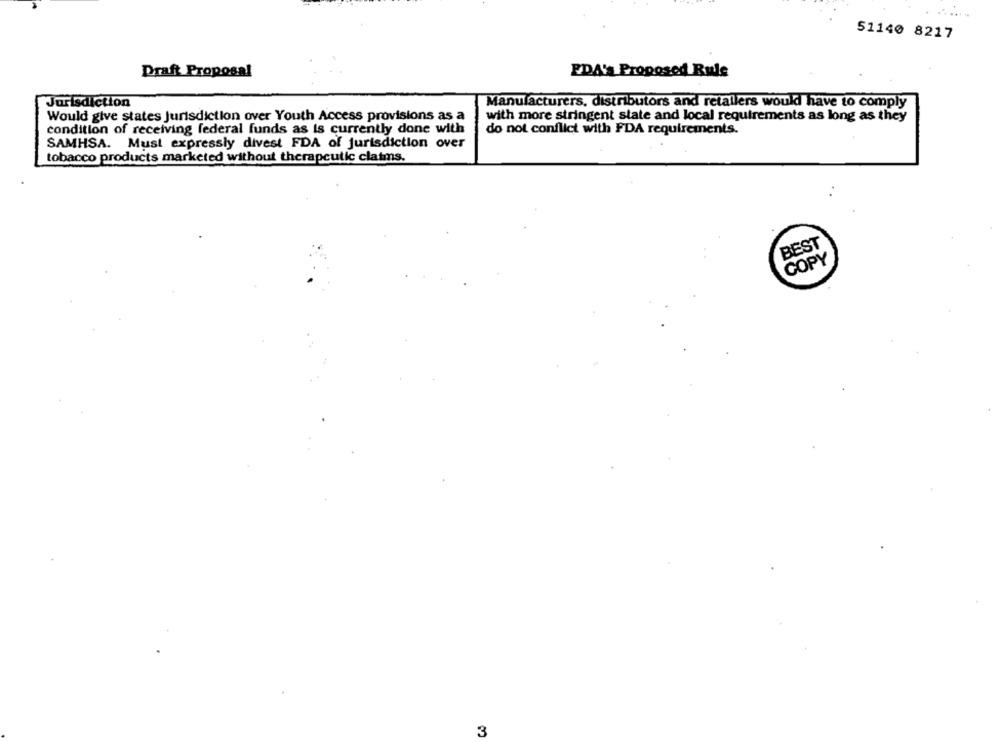
51140 8217
Draft Proposal
EDA's Proposed Rule
Jurisdiction
Manufacturers, distributors and retailers would have to comply
Would give states jurisdiction over Youth Access provisions as a
with more stringent state and local requirements as long as they
condition of receiving federal funds as is currently done with
do not conflict with FDA requirements.
SAMHSA. Must expressly divest FDA of jurisdiction over
tobacco products marketed without therapeutic claims.
BEST
COPY
3